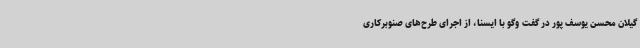
گیلان محسن یوسف پور در گفت وگو با ایسنا، از اجرای طرح‌های صنوبرکاری